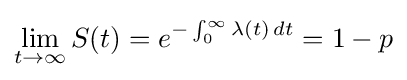
\lim _{t\to \infty }S(t)=e^{-\int _{0}^{\infty }\lambda (t)\,dt}=1-p